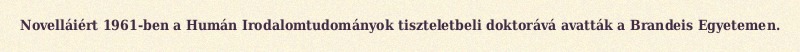
Novelláiért 1961-ben a Humán Irodalomtudományok tiszteletbeli doktorává avatták a Brandeis Egyetemen.